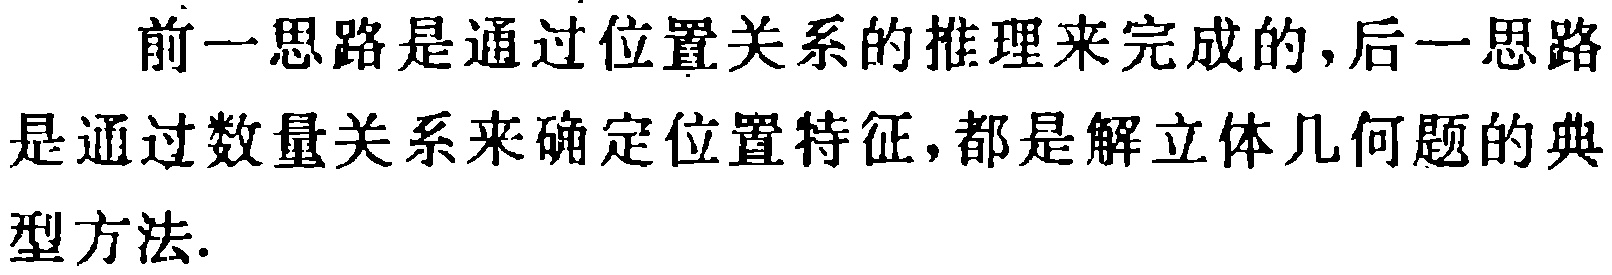
前一思路是通过位置关系的推理来完成的,后一思路是通过数量关系来确定位置特征,都是解立体几何题的典型方法.